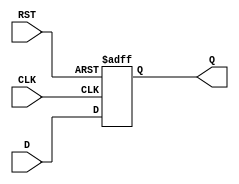
module d_flip_flop (
    input D,
    input CLK,
    input RST,
    output reg Q
);

always @(posedge CLK or posedge RST) begin
    if (RST) begin
        Q <= 1'b0; // Set to predefined state
    end else begin
        Q <= D; // Store D input on rising edge of clock
    end
end

endmodule